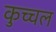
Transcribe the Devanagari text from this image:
कुच्चल